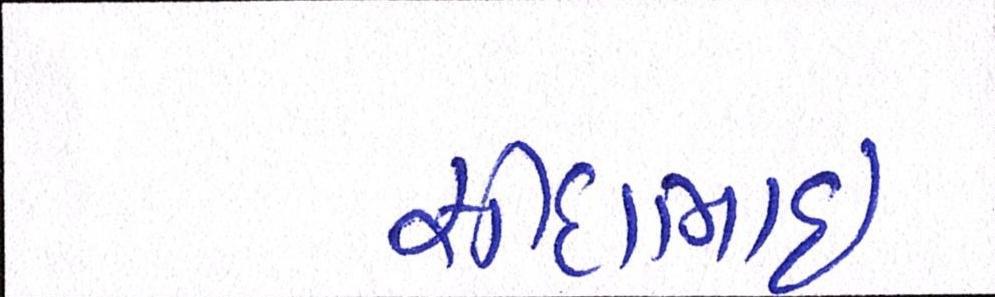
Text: સીદાભાઈ